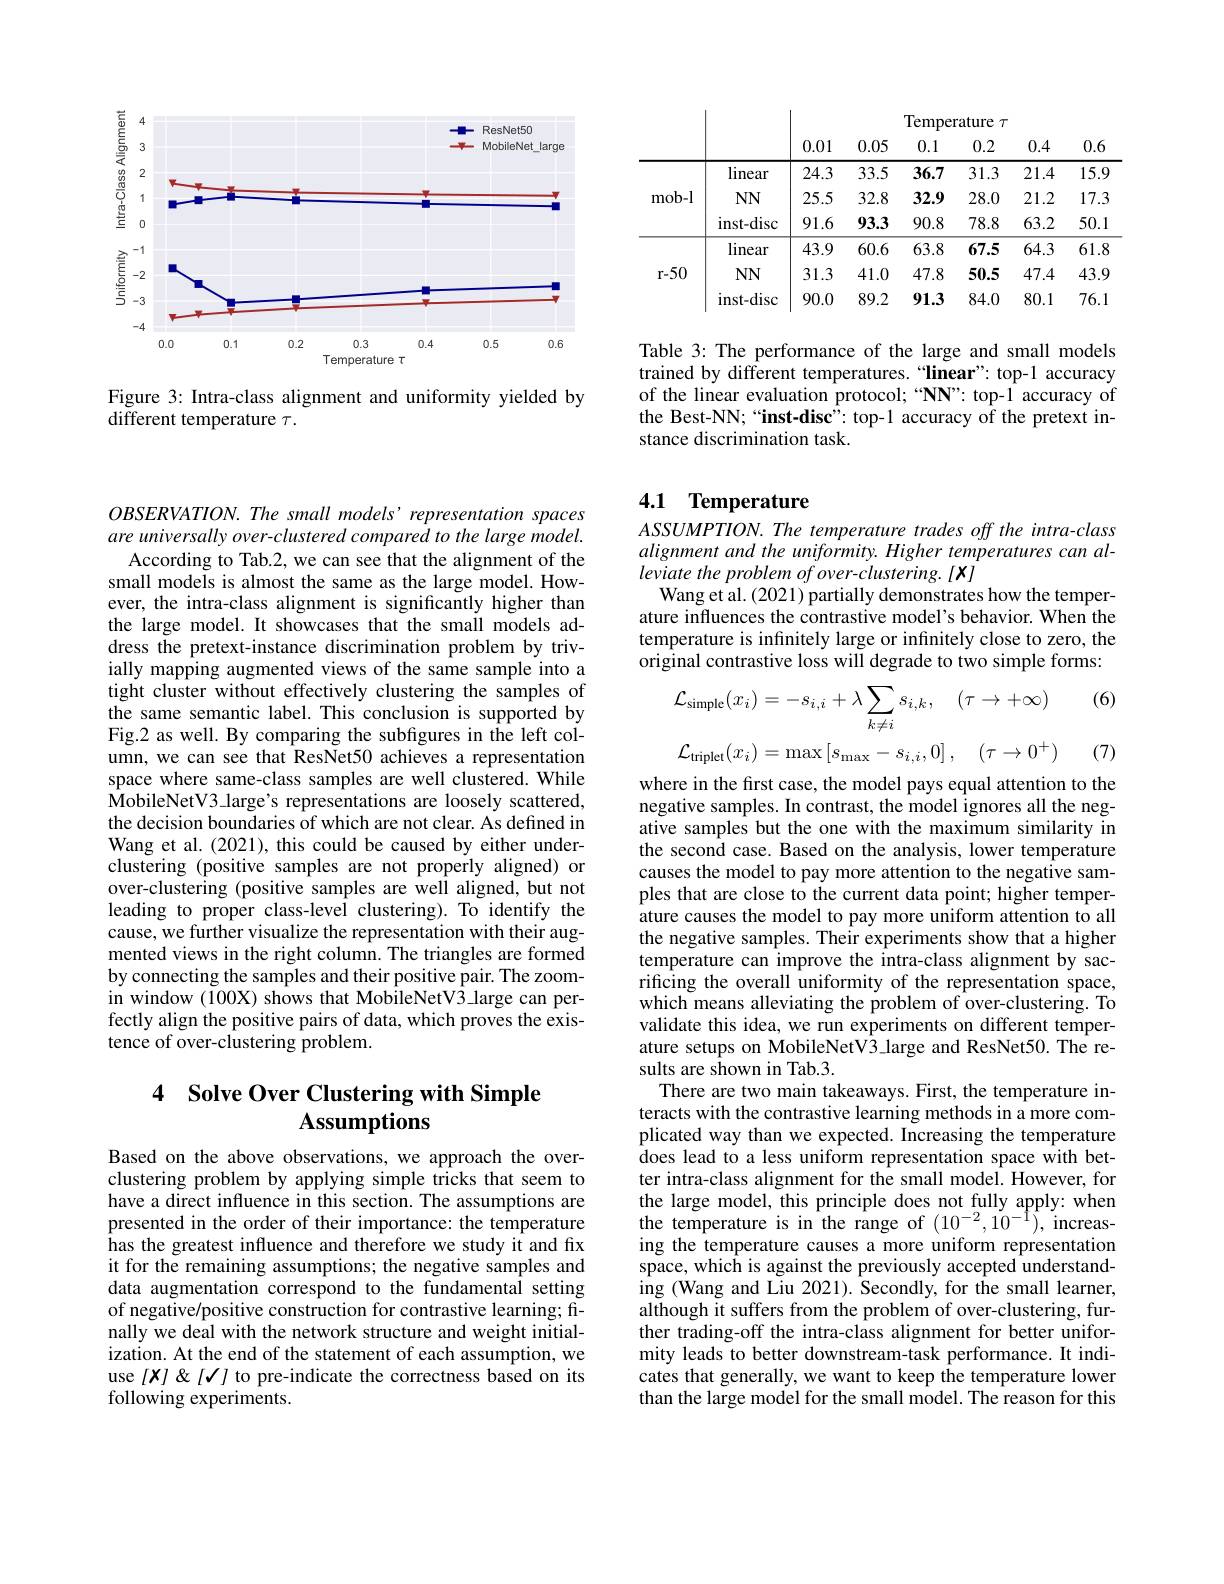
<FigureHere>

Figure 3: Intra-class alignment and uniformity yielded by
different temperature $\tau.$

OBSERVATION. The small models’representation spaces are universally over-clustered compared to the large model.
According to Tab.2, we can see that the alignment of the small models is almost the same as the large model. However, the intra-class alignment is significantly higher than the large model. It showcases that the small models address the pretext-instance discrimination problem by trivially mapping augmented views of the same sample into a tight cluster without effectively clustering the samples of the same semantic label. This conclusion is supported by Fig.2 as well. By comparing the subfigures in the left column, we can see that ResNet50 achieves a representation space where same-class samples are well clustered. While MobileNetV3 large's representations are loosely scattered, the decision boundaries of which are not clear. As defined in Wang et al. (2021), this could be caused by either underclustering (positive samples are not properly aligned) or over-clustering (positive samples are well aligned, but not leading to proper class-level clustering).To identify the cause, we further visualize the representation with their augmented views in the right column. The triangles are formed by connecting the samples and their positive pair. The zoomin window (100X) shows that MobileNetV3-large can perfectly align the positive pairs of data, which proves the existence of over-clustering problem.

# 4 Solve Over Clustering with Simple Assumptions

Based on the above observations, we approach the overclustering problem by applying simple tricks that seem to have a direct influence in this section. The assumptions are presented in the order of their importance: the temperature has the greatest influence and therefore we study it and fix it for the remaining assumptions; the negative samples and data augmentation correspond to the fundamental setting of negative/positive construction for contrastive learning; finally we deal with the network structure and weight initialization. At the end of the statement of each assumption, we use $[X]\&[J]$ to pre-indicate the correctness based on its following experiments.

<table>
	<tbody>
		<tr>
			<th> </th>
			<th> </th>
			<th colspan="6">Temperature $\tau$</th>
		</tr>
		<tr>
			<th> </th>
			<th> </th>
			<th>0.01</th>
			<th>0.05</th>
			<th>0.1</th>
			<th>0.2</th>
			<th>0.4</th>
			<th>0.6</th>
		</tr>
		<tr>
			<td rowspan="3">mob-l</td>
			<td>linear</td>
			<td>24.3</td>
			<td>33.5</td>
			<td>36.7</td>
			<td>31.3</td>
			<td>21.4</td>
			<td>15.9</td>
		</tr>
		<tr>
			<td>$NN$</td>
			<td>25.5</td>
			<td>32.8</td>
			<td>32.9</td>
			<td>28.0</td>
			<td>21.2</td>
			<td>17.3</td>
		</tr>
		<tr>
			<td>inst- disc</td>
			<td>91.6</td>
			<td>93.3</td>
			<td>90.8</td>
			<td>78.8</td>
			<td>63.2</td>
			<td>50.1</td>
		</tr>
		<tr>
			<td rowspan="3">r-50</td>
			<td>linear</td>
			<td>43.9</td>
			<td>60.6</td>
			<td>63.8</td>
			<td>67.5</td>
			<td>64.3</td>
			<td>61.8</td>
		</tr>
		<tr>
			<td>$NNN$</td>
			<td>31.3</td>
			<td>41.0</td>
			<td>47.8</td>
			<td>50.5</td>
			<td>47.4</td>
			<td>43.9</td>
		</tr>
		<tr>
			<td>inst- disc</td>
			<td>90.0</td>
			<td>89.2</td>
			<td>91.3</td>
			<td>84.0</td>
			<td>80.1</td>
			<td>76.1</td>
		</tr>
	</tbody>
</table>

Table 3: The performance of the large and small models trained by different temperatures.“linear": top-1 accuracy of the linear evaluation protocol; “NN”: top-1 accuracy of the Best-NN;““inst-disc”: top-1 accuracy of the pretext instance discrimination task.

## 4.1 Temperature ASSUMPTION. The temperature trades off the intra-class

alignment and the uniformity. Higher temperatures can al-
leviate the problem of over-clustering. [X]
Wang et al. (2021) partially demonstrates how the temperature influences the contrastive model's behavior. When the temperature is infinitely large or infinitely close to zero, the original contrastive loss will degrade to two simple forms:

(6)
$$\begin{aligned}&\mathcal{L}_{\mathrm{simple}}(x_{i})=-s_{i,i}+\lambda\sum_{k\neq i}s_{i,k},\quad(\tau\to+\infty)\\&\mathcal{L}_{\mathrm{triplet}}(x_{i})=\max\left[s_{\mathrm{max}}-s_{i,i},0\right],\quad(\tau\to0^{+})\end{aligned}$$
(7)

where in the first case, the model pays equal attention to the negative samples. In contrast, the model ignores all the negative samples but the one with the maximum similarity in the second case. Based on the analysis, lower temperature causes the model to pay more attention to the negative samples that are close to the current data point; higher temperature causes the model to pay more uniform attention to all the negative samples. Their experiments show that a higher temperature can improve the intra-class alignment by sacrificing the overall uniformity of the representation space, which means alleviating the problem of over-clustering. To validate this idea, we run experiments on different temperature setups on MobileNetV3 large and ResNet50. The results are shown in Tab.3.
There are two main takeaways. First, the temperature interacts with the contrastive learning methods in a more complicated way than we expected. Increasing the temperature does lead to a less uniform representation space with better intra-class alignment for the small model. However, for the large model, this principle does not fully apply: when the temperature is in the range of $(10^{-2},10^{-1})$, increasing the temperature causes a more uniform representation space, which is against the previously accepted understanding (Wang and Liu 2021). Secondly, for the small learner, although it suffers from the problem of over-clustering, further trading-off the intra-class alignment for better uniformity leads to better downstream-task performance. It indicates that generally, we want to keep the temperature lower than the large model for the small model. The reason for this